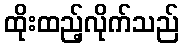
ထိုးထည့်လိုက်သည်